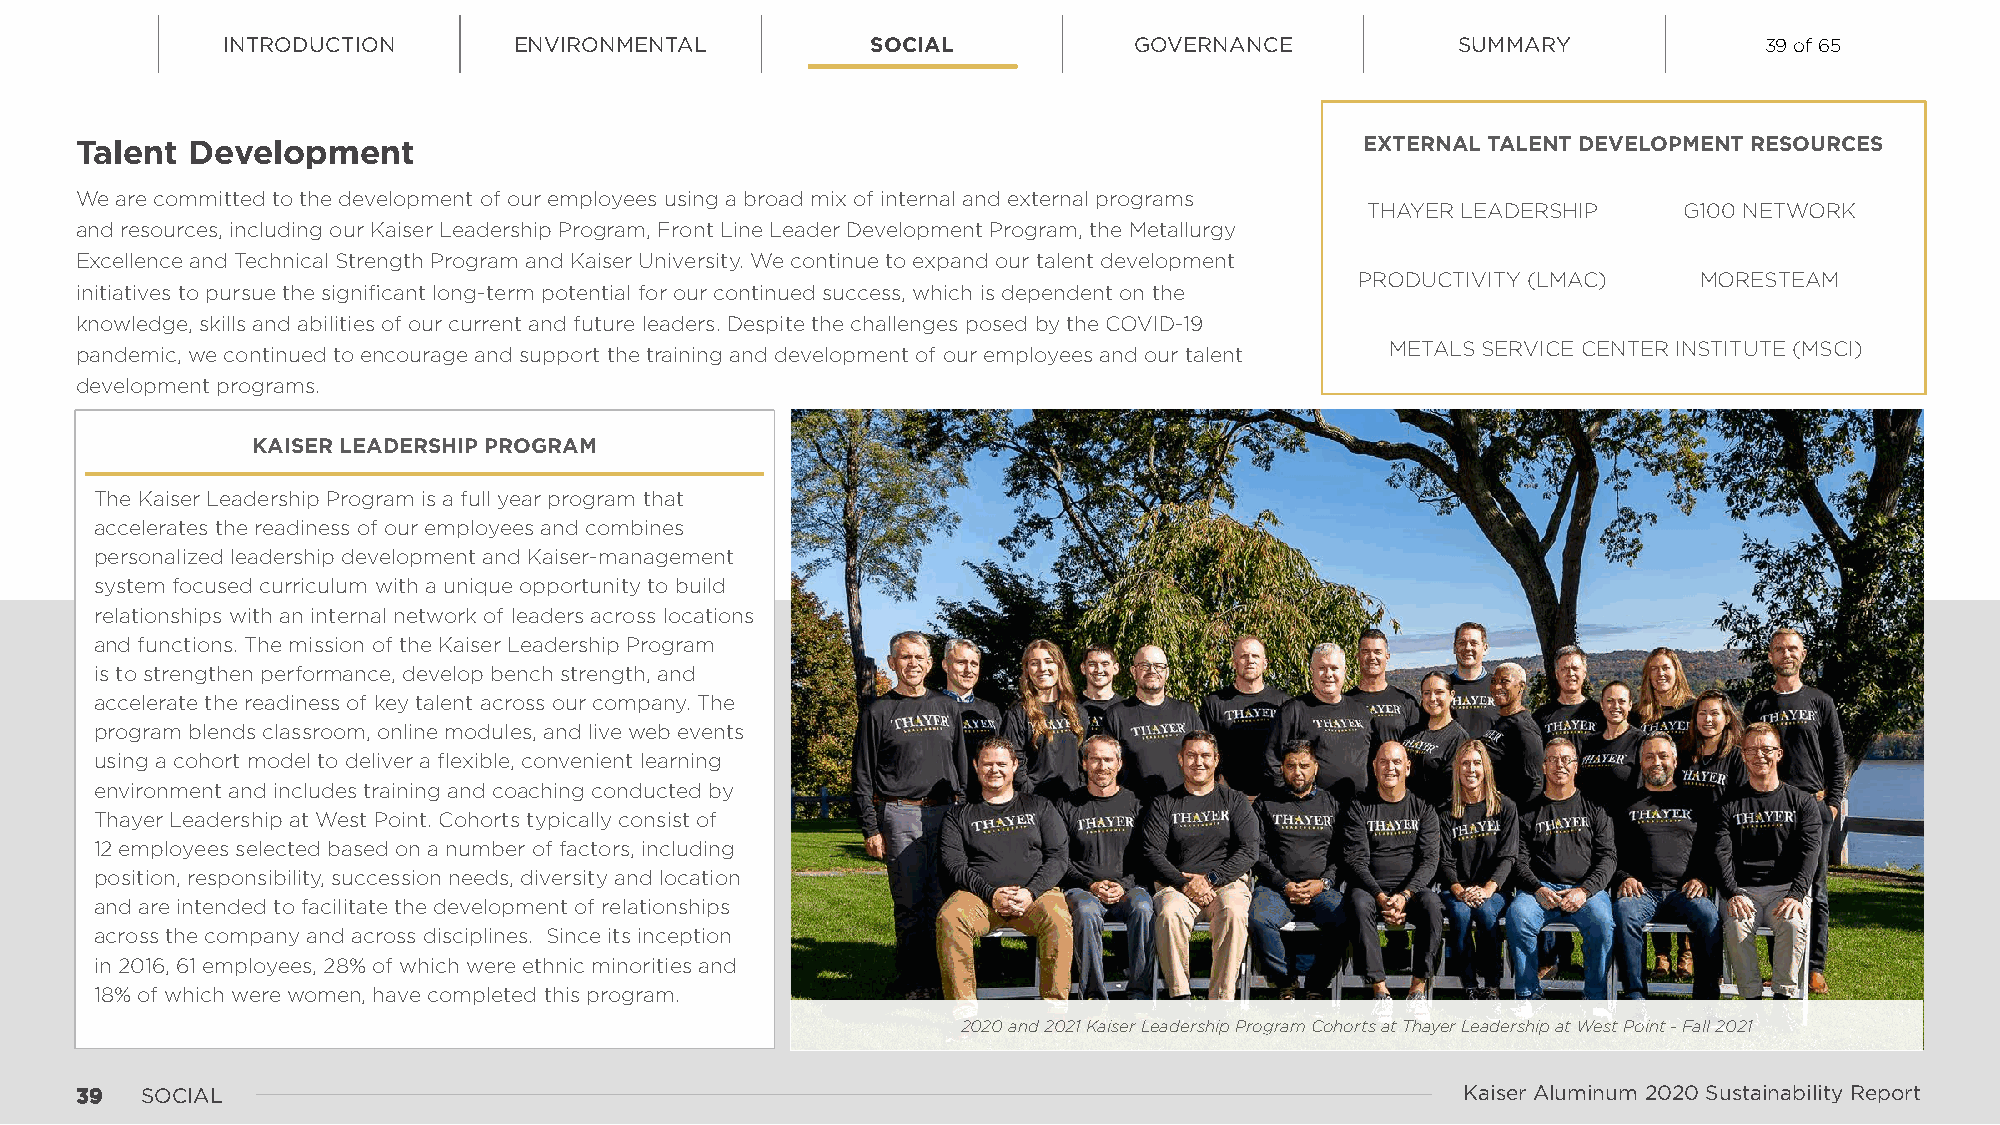
INTRODUCTION       ENVIRONMENTAL           SOCIAL           GOVERNANCE            SUMMARY             39 of 65
 Talent Development                                                                   EXTERNAL TALENT DEVELOPMENT RESOURCES
 We are committed to the development of our employees using a broad mix of internal and external programs
 THAYER LEADERSHIP    G100 NETWORK
 and resources, including our Kaiser Leadership Program, Front Line Leader Development Program, the Metallurgy
 Excellence and Technical Strength Program and Kaiser University. We continue to expand our talent development
 PRODUCTIVITY (LMAC)   MORESTEAM
 initiatives to pursue the significant long-term potential for our continued success, which is dependent on the
 knowledge, skills and abilities of our current and future leaders. Despite the challenges posed by the COVID-19
 pandemic, we continued to encourage and support the training and development of our employees and our talent METALS SERVICE CENTER INSTITUTE (MSCI)
 development programs.
 KAISER LEADERSHIP PROGRAM
 The Kaiser Leadership Program is a full year program that
 accelerates the readiness of our employees and combines
 personalized leadership development and Kaiser-management
 system focused curriculum with a unique opportunity to build
 relationships with an internal network of leaders across locations
 and functions. The mission of the Kaiser Leadership Program
 is to strengthen performance, develop bench strength, and
 accelerate the readiness of key talent across our company. The
 program blends classroom, online modules, and live web events
 using a cohort model to deliver a flexible, convenient learning
 environment and includes training and coaching conducted by
 Thayer Leadership at West Point. Cohorts typically consist of
 12 employees selected based on a number of factors, including
 position, responsibility, succession needs, diversity and location
 and are intended to facilitate the development of relationships
 across the company and across disciplines. Since its inception
 in 2016, 61 employees, 28% of which were ethnic minorities and
 18% of which were women, have completed this program.
 2020 and 2021 Kaiser Leadership Program Cohorts at Thayer Leadership at West Point - Fall 2021
 3399 SOCIAL                                                                                 Kaiser Aluminum 2020 Sustainability Report